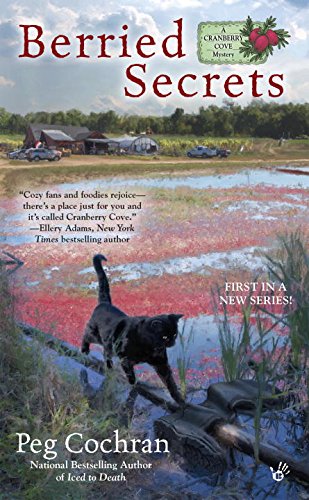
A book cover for Berried Secrets (Cranberry Cove Mysteries); Peg Cochran; Mystery, Thriller & Suspense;